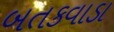
બતકવાડા